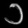
Digit: ၁